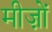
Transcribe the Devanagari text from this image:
मीज़ों